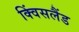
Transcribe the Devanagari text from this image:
क्विंसलैंड